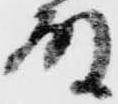
殿